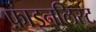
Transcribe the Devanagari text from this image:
फ़ाइनलिस्ट